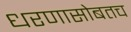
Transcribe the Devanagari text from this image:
धरणासोबतच